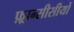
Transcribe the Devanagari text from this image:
फ़्रान्सीसीयों